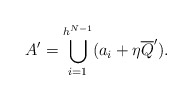
\begin{align*}A'=\bigcup_{i=1}^{h^{N-1}}(a_i+\eta{\overline Q'}).\end{align*}